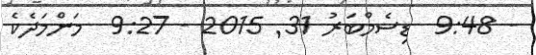
- 9:48  ޑިސެމްބަރު 31